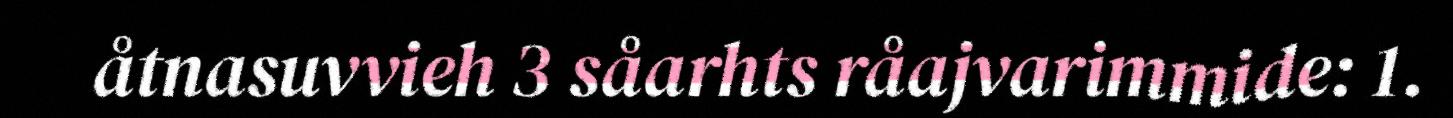
åtnasuvvieh 3 såarhts råajvarimmide: 1.